Riigikantselei, lk 38
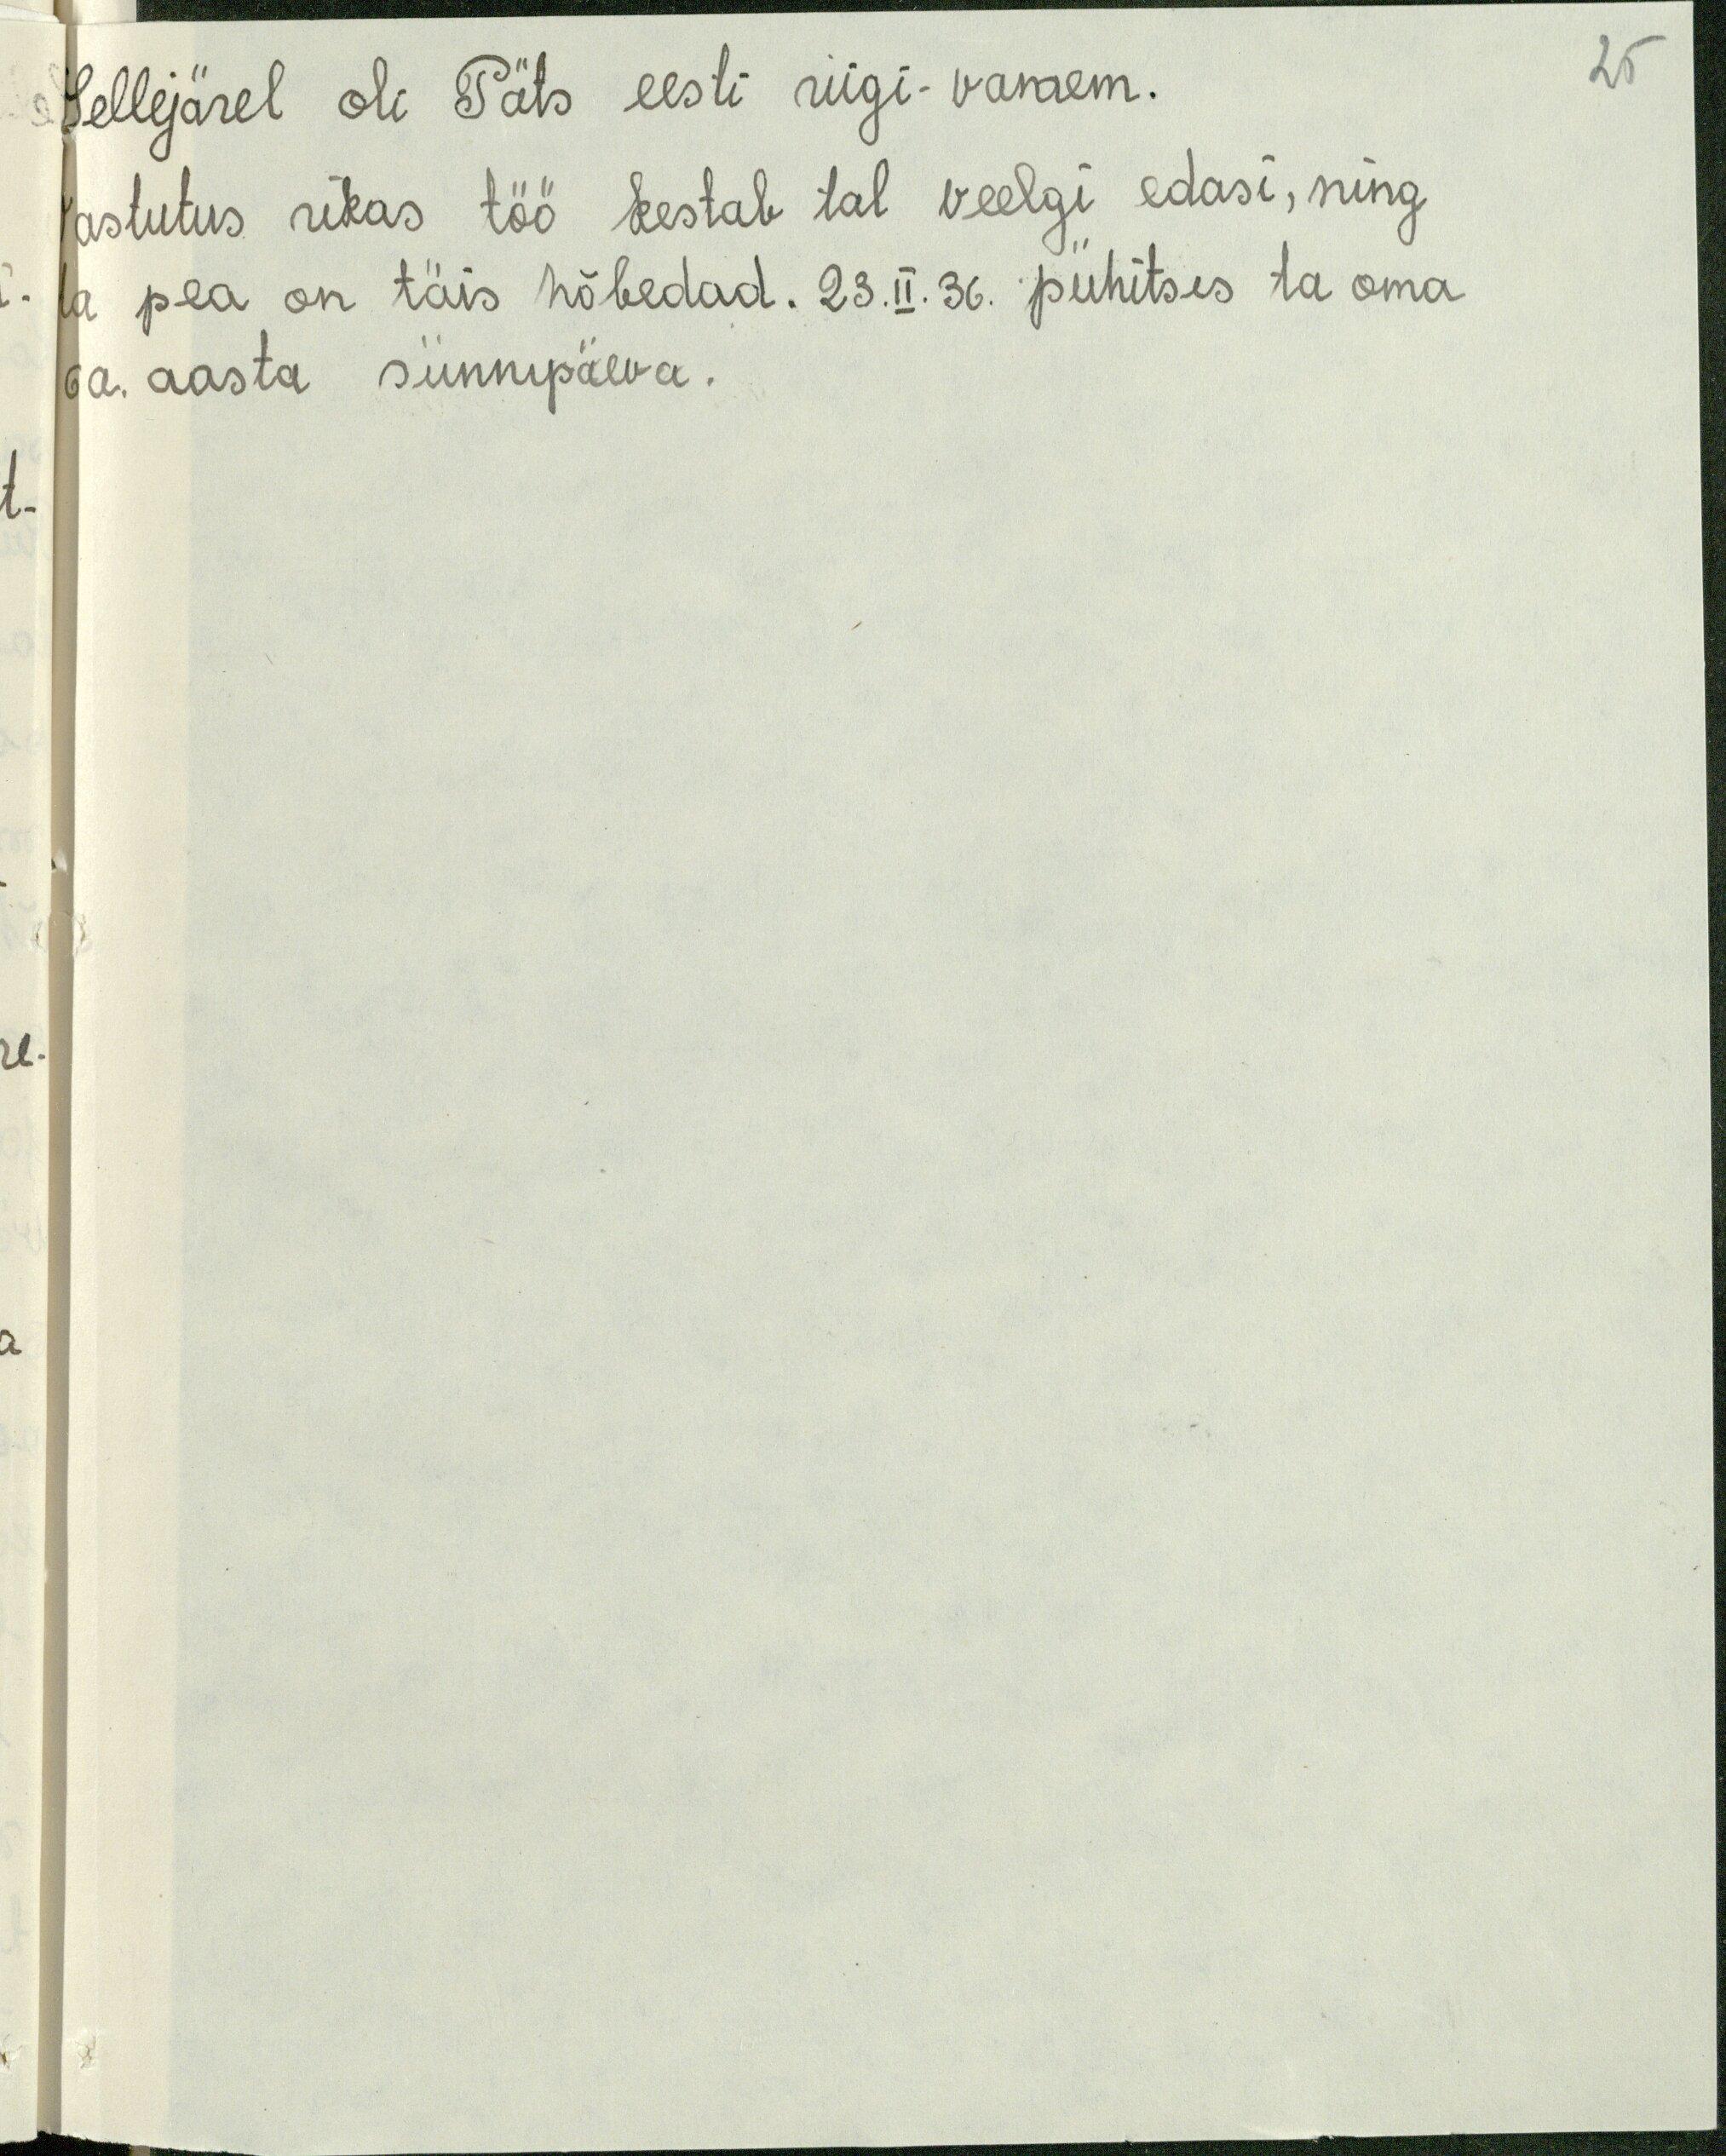
25

Sellejärel oli Päts eesti riigi-vanem.
Vastutus rikas töö kestab tal veelgi edasi, ning
ta pea on täis hõbedad. 23.II.36 pühitses ta oma
60. aasta sünnipäeva.